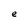
Character: e